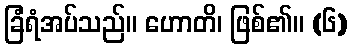
ခြံရံအပ်သည်။ ဟောတိ၊ ဖြစ်၏။ (၆)